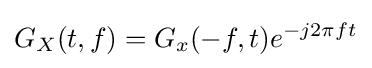
G_{X}(t,f)=G_{x}(-f,t)e^{-j2\pi ft}